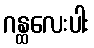
ဂန္ထလေးပါး